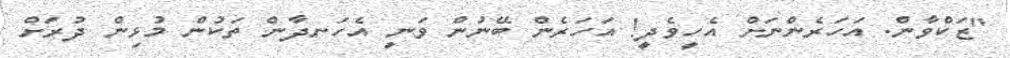
"ޒަކްވާން. އަހަރެންނަށް އެހީވެދީ! އަހަރެން ބޭނުން ވަނީ އެހަނދާން ތަކުން މުޅިން ދުރަށް